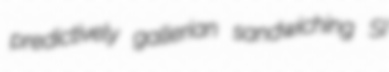
predictively gallerian sandwiching SI